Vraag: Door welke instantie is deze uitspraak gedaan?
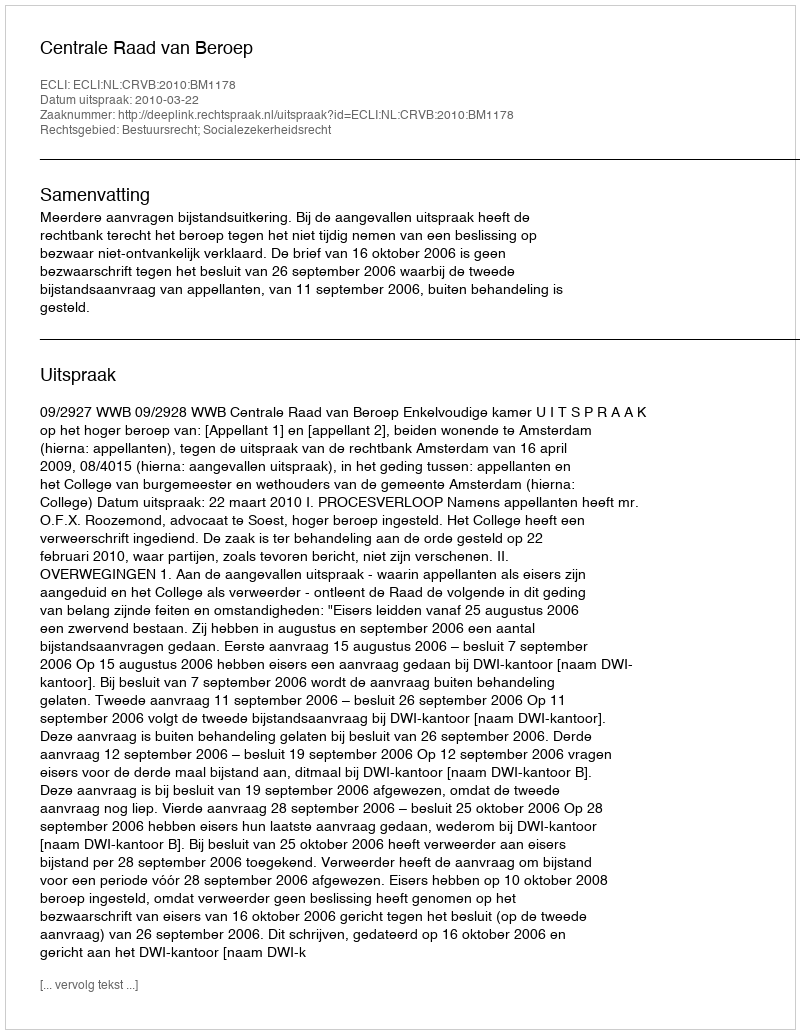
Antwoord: Centrale Raad van Beroep